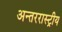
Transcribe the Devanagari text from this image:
अन्तररास्ट्रीय